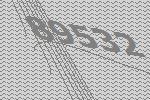
89532